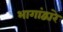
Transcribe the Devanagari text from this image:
भागांद्वारे